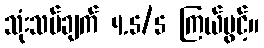
သုံးသပ်ချက် 4.5/5 ကြယ်ပွင့်။